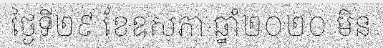
ថ្ងៃទី២៩ ខែឧសភា ឆ្នាំ២០២០ មិន